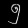
Digit: ၅